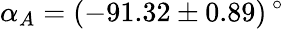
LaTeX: \alpha_{A}=(-91.32\pm 0.89)\, ^{\circ}